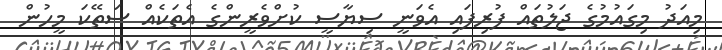
މިއަދު މިގައުމުގެ ޖަލުތައް ފުރިފައި އެވަނީ ސިޔާސީ ކުށްވެރީންގެ އެތަކެއް ސަތޭކަ މީހުން